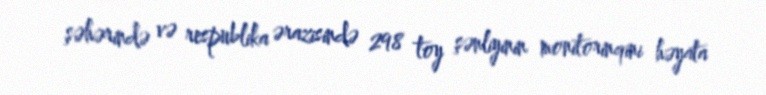
şəhərində və respublika ərazisində 298 toy şənliyinin monitorinqini həyata